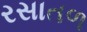
રસાતળ